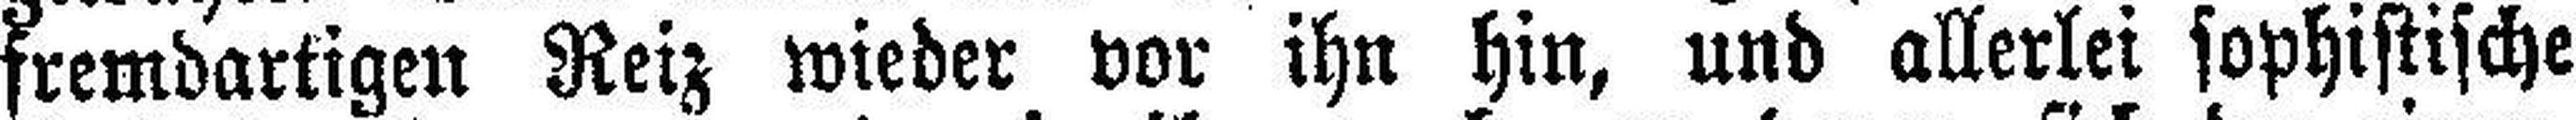
fremdartigen Reiz wieder vor ihn hin, und allerlei sophistische